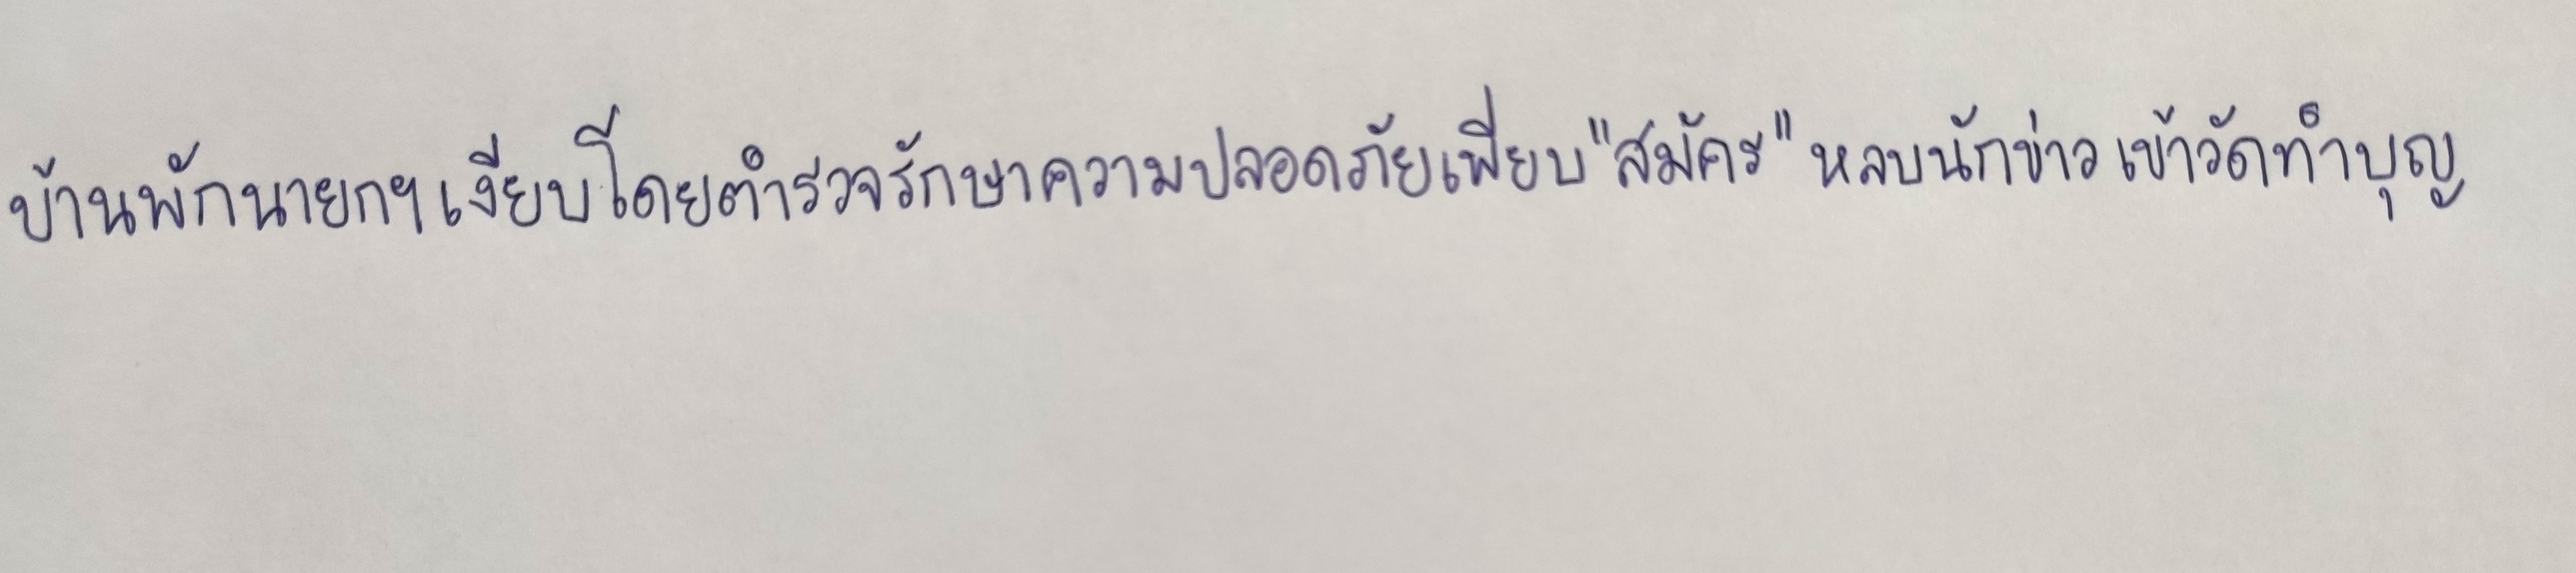
บ้านพักนายกฯเงียบโดยตำรวจรักษาความปลอดภัยเพียบ"สมัคร"หลบนักข่าวเข้าวัดทำบุญ